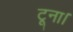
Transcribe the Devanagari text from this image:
टूना।